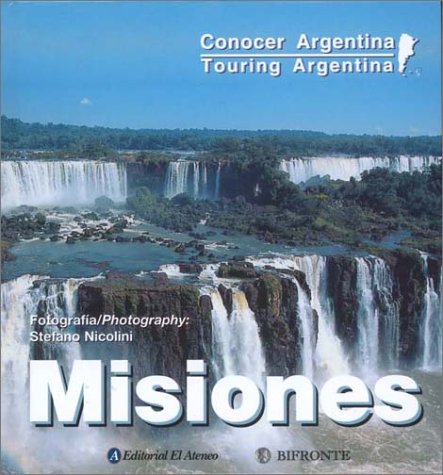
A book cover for Touring Argentina: Misiones (Spanish Edition); Gonzalo Monterroso; Travel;